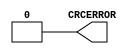
///////////////////////////////////////////////////////
//  Copyright (c) 2008 Xilinx Inc.
//  All Right Reserved.
///////////////////////////////////////////////////////
//
//   ____   ___
//  /   /\/   / 
// /___/  \  /     Vendor      : Xilinx 
// \  \    \/      Version : 10.1
//  \  \           Description : 
//  /  /                      
// /__/   /\       Filename    : POST_CRC_INTERNAL.v
// \  \  /  \ 
//  \__\/\__ \                    
//                                 
//  Revision:		1.0
///////////////////////////////////////////////////////

`timescale 1 ps / 1 ps 

module POST_CRC_INTERNAL (
  CRCERROR
);

  output CRCERROR;

  assign CRCERROR = 0;

endmodule